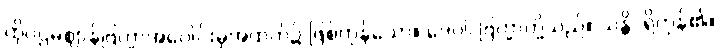
ထိုပဌမဈာန်ဗြဟ္မာအပေါင်းမှအထက်၌ ဖြစ်ကုန်သော။ ဒေဝါ၊ ဗြဟ္မာတို့သည်။ သန္တိ၊ ရှိကုန်၏။